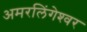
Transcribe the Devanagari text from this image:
अमरलिंगेश्‍वर